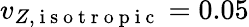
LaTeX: v_{Z,\mathrm{~i~s~o~t~r~o~p~i~c~}}=0.05